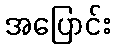
အပြောင်း